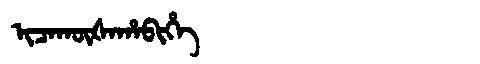
Manchu: ᡳᠴᠠᡴᡡᡧᠠᡥᠠᠪᡳᡥᡝ
Romanization: ICAKŪŠAHABIHE